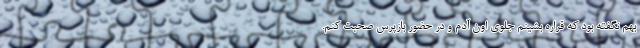
بهم نگفته بود که قراره بشینم جلوی اون آدم و در حضور بازپرس صحبت کنم.